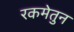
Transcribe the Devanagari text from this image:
रकमेतुन